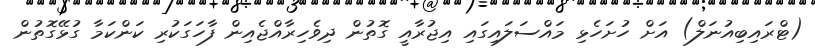
(ޓްރައިބިއުނަލް) އަށް ހުށަހެޅި މައްސަލައިގައި އިޖުރާއީ ގޮތުން ދިވެހިރާއްޖެއިން ފާހަގަކުރި ކަންކަމާ ގުޅޭގޮތުން